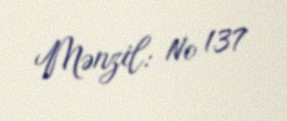
Mənzil: № 137